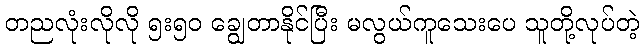
တညလုံးလိုလို ၅း၅၀ ချွေတာနိုင်ပြီး မလွယ်ကူသေးပေ သူတို့လုပ်တဲ့